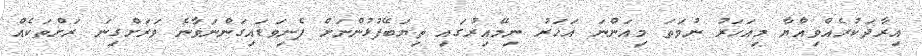
އިރާދަކުރެއްވިއްޔާ މިއަހަރު ނުވަތަ މިއަންނަ އަހަރު ނިމޭއިރުގައި ތިޔަބޭފުޅުންނަށް ފެނިވަޑައިގަންނަވާނެ ވަރަށްގިނަ ރަށްތަކެއް